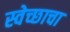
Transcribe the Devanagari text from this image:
स्वेच्छाचा